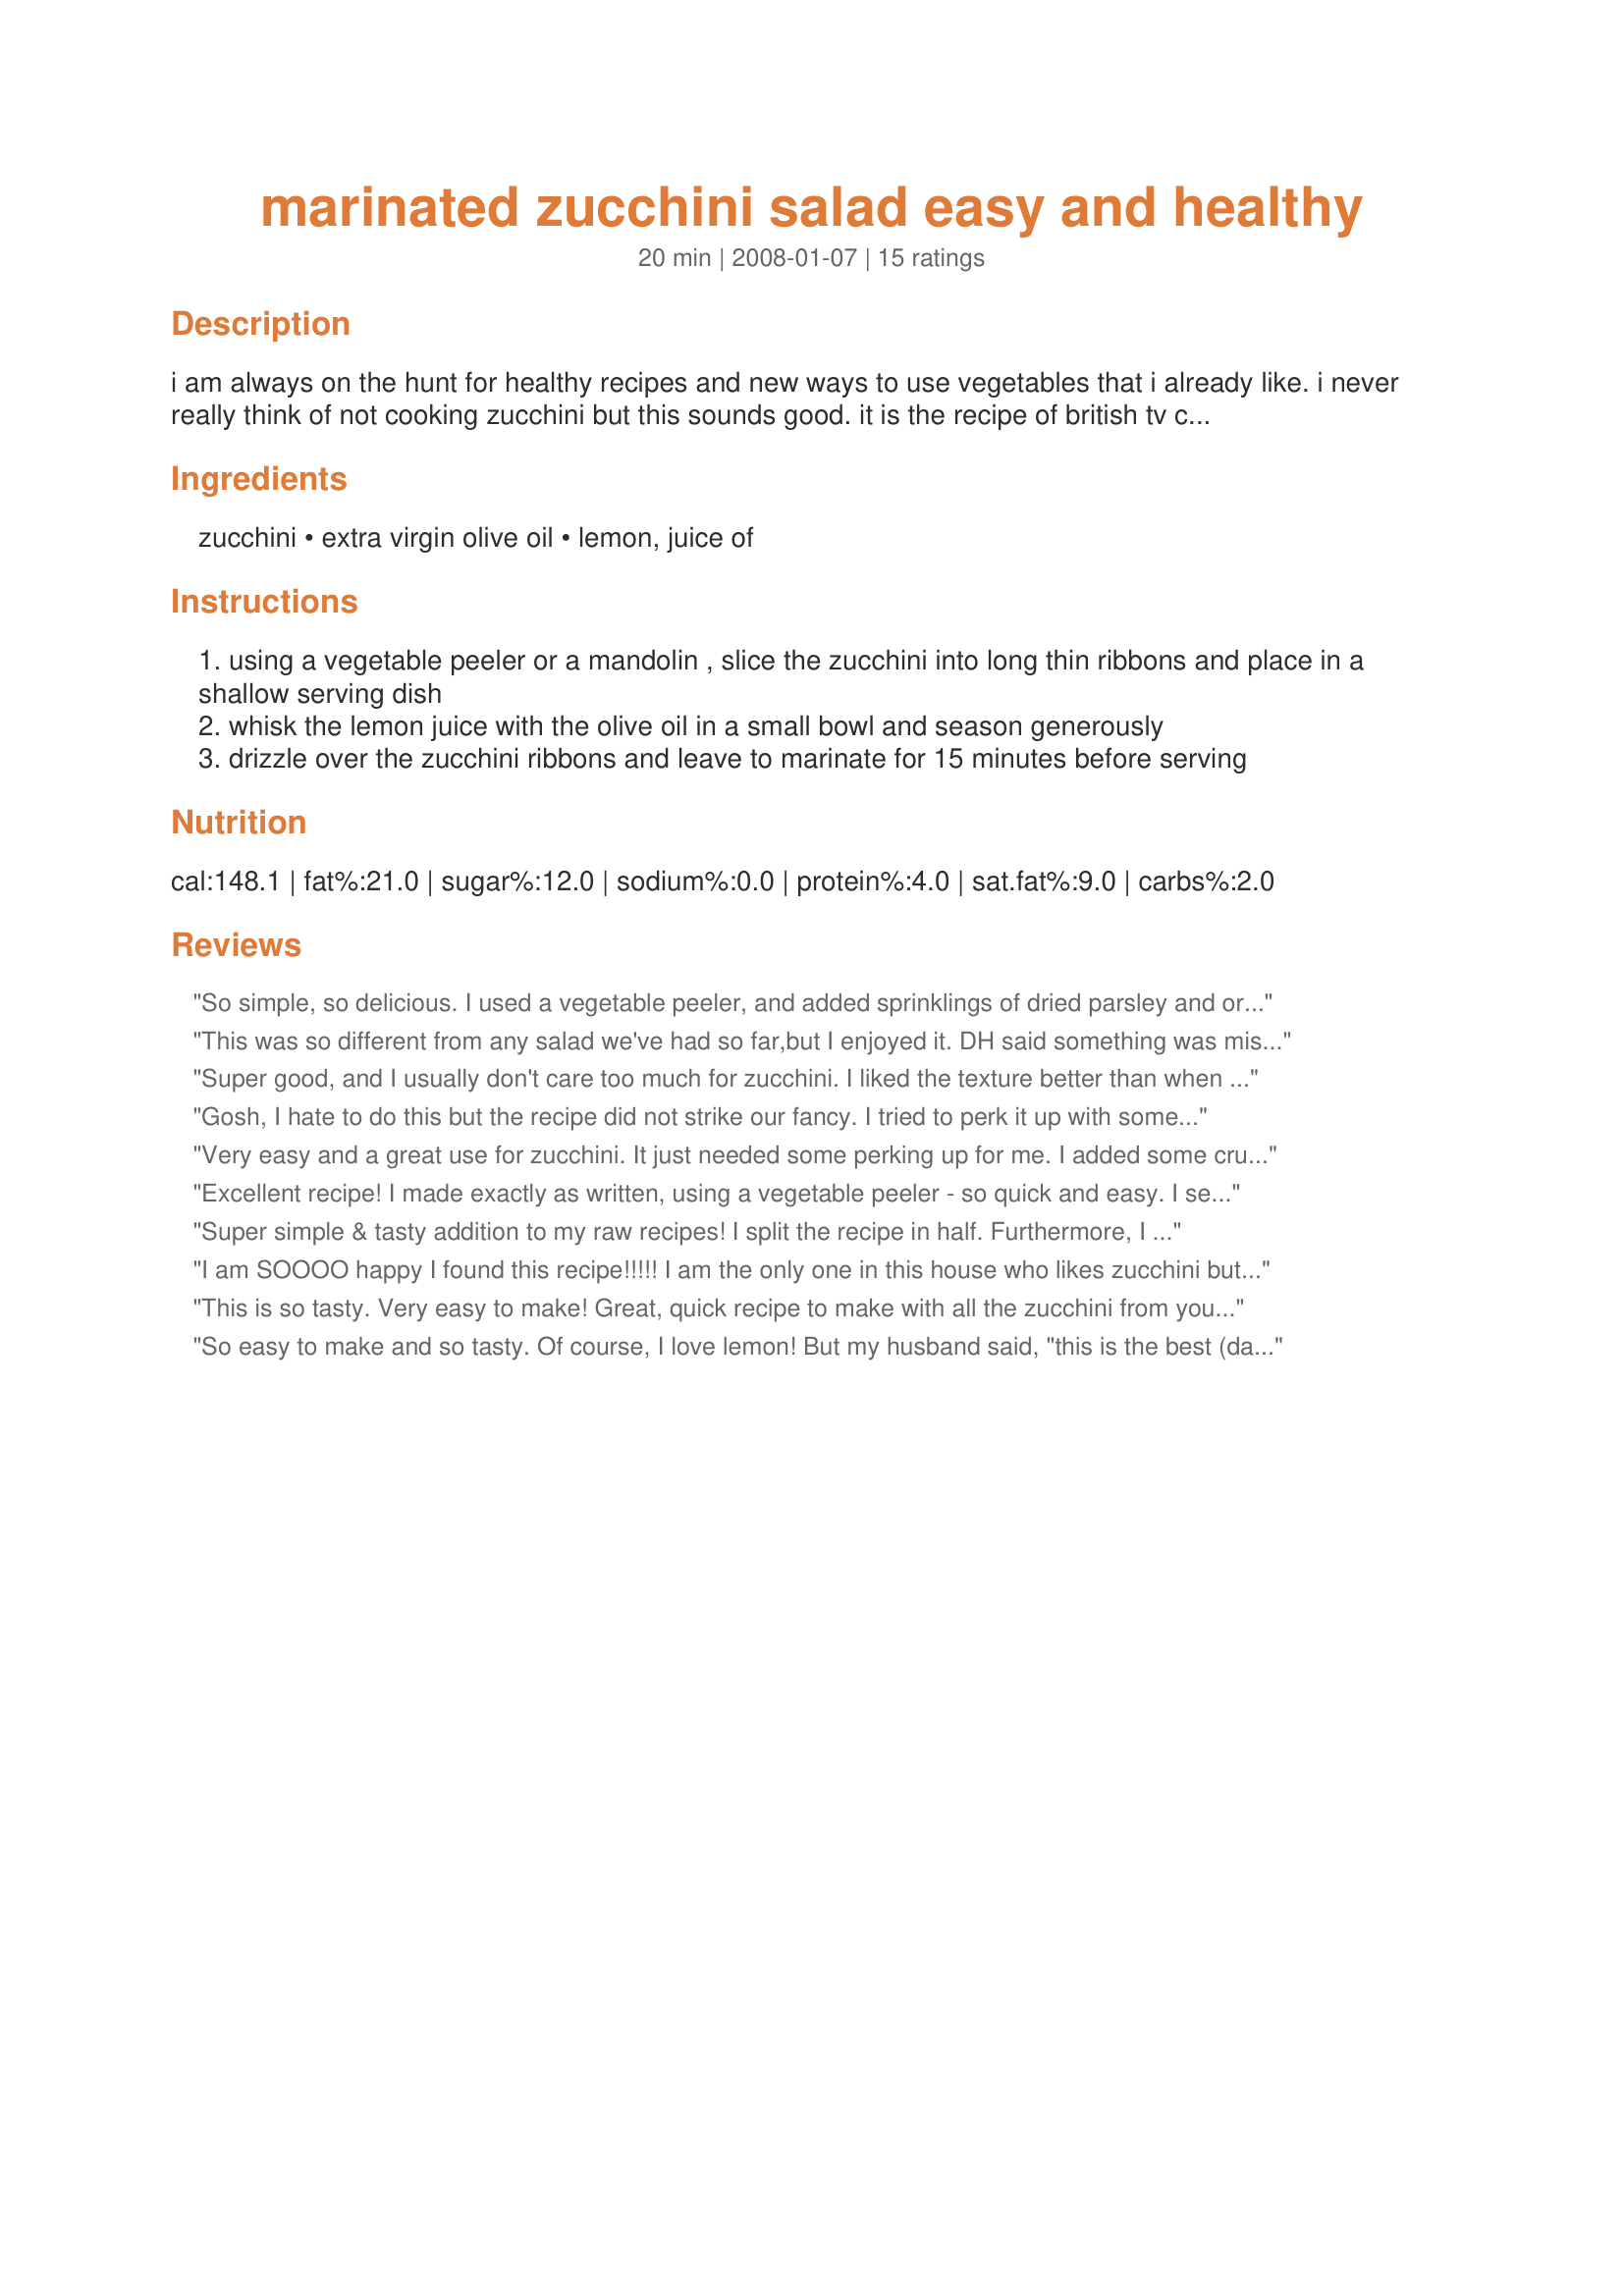
marinated zucchini salad easy and healthy
Preparation time: 20 minutes

i am always on the hunt for healthy recipes and new ways to use vegetables that i already like. i never really think of not cooking zucchini but this sounds good. it is the recipe of british tv chef merrilees parker and was first published in the august 2005 issue of bbc good food magazine.

Ingredients:
zucchini, extra virgin olive oil, lemon, juice of

Steps:
using a vegetable peeler or a mandolin , slice the zucchini into long thin ribbons and place in a shallow serving dish
whisk the lemon juice with the olive oil in a small bowl and season generously
drizzle over the zucchini ribbons and leave to marinate for 15 minutes before serving

Reviews:
So simple, so delicious. I used a vegetable peeler, and added sprinklings of dried parsley and oregano. Roasted bell pepper made a pretty garnish.
This was so different from any salad we've had so far,but I enjoyed it. DH said something was missing,but couldn't say what. Made for ZWT6.
Super good, and I usually don't care too much for zucchini. I liked the texture better than when it's cooked. I did add minced garlic and parmesan cheese. Really nice summertime veggie dish! Thank you!!
Gosh, I hate to do this but the recipe did not strike our fancy. I tried to perk it up with some garlic and feta, but that didn't get anyone to eat it either. I would have added some oil, but we were trying to so the "light" salad thing. I do encourage others to try it though, as it has gotten wonderful reviews from other chefs!!!!!! Thanks for posting!
Very easy and a great use for zucchini. It just needed some perking up for me. I added some crushed garlic and oregano. After the 15 minutes of marinating, I tasted it and added some salt as well. I served it garniched with crumbled feta cheese. Thanx for a new use for zucchini!
Excellent recipe! I made exactly as written, using a vegetable peeler - so quick and easy. I seasoned with chopped flat-leaf parsley, fresh basil, grated fresh garlic and sea salt. This is a great way to eat zucchini raw! It looks kind of elegant, too! Made for ZWT4 Greek Photo Challenge. Thanks for posting, Sarah Jayne!
Super simple & tasty addition to my raw recipes! I split the recipe in half. Furthermore, I didn't want to use so much oil, so I also split the "sauce" part in half again (while still maintaining the ratio of oil to lemon juice). Plus, my zucchini wasn't so large anyways. Worked out perfectly! To recap, I used 1 med. zucchini, 1 tbsp evoo, 1/4 fresh lemon juice, salt & pepper. Also, I tasted one before I let it sit for 15 minutes and -wow- what a difference 15 minutes makes! It's very tangy before it sits and nicely well-blended after. Thank you for sharing! :)
I am SOOOO happy I found this recipe!!!!! I am the only one in this house who likes zucchini but EVERYONE LOVED THIS!!!!!! YIPPEEE!!! I will add this to my summer menus! Made for ZWT4.
This is so tasty. Very easy to make! Great, quick recipe to make with all the zucchini from your garden. I love the lemon! Very bright and refreshing!
So easy to make and so tasty. Of course, I love lemon! But my husband said, "this is the best (darn) zucchini I've ever had." Well, there you go! Reviewed for the Veg*n Recipe Swap.
What a surprise.. I assumed that my not-so-fond-of-lemons DH would give this the thumbs down, but as I found out formyself, it's not bitter from the lemon, but nicely refreshing. I used veggie peeler too and got nice thin strips. doused it in the lemon and olive and left it in the fridge for over an hour... YUM! Guests loved it more than DH did, but he had a good go at this too, so that's wonderful news for my summer salads from now on. Please see my Rating System: 4 excellent stars for a very simple and super easy way to serve great zucchini. Thanks!
I loved this salad, but then I love tart salads! I added garlic salt and and italian seasoning. I'm going to try making this with calamansi juice next time. Made for ZWT4. Thanks!
This recipe also falls under the category of "Sometimes Simple is Best". The lemon and olive oil added a lot to this, and in addition to the pepper I added some seasoned salt. Slicing the zucchini thin enough (I used a vegetable peeler and it went pretty quickly) is probably key, as the outcome was perfectly tender (I neither cooked nor wilted it). I prepared this well before dinner and left it in the refrigerator for a couple of hourse or so. Made this with Sarah_Jayne's Greek Pasta Salad. The two dishes complemented each other very well. I highly recommend this very simple recipe. Prepared for Zaar World Tour, Greek photo challenge.
I wasn't sure if my family would eat raw zucchini like this (they love it in dips) so I decided to 'wilt' it in the olive oil (very lightly saute) and then add the lemon juice and chill. Seasoned generously, it was delicious.
In a word - fantastic! I did not think I would like this very much because I was worried it would be too lemony. Definitely not the case. I made as written but with just 3 T of oil and added some fresh thyme. Thanks for posting, this is truly tasty!
